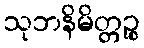
သုဘနိမိတ္တဉ္စ